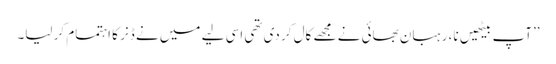
’’آپ بیٹھیں نا، رہبان بھائی نے مجھے کال کر دی تھی اسی لیے میں نے ڈنر کا اہتمام کر لیا۔